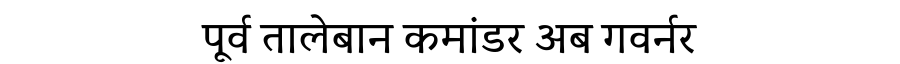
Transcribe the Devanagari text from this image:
पूर्व तालेबान कमांडर अब गवर्नर